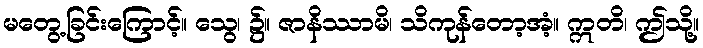
မတွေ့ခြင်းကြောင့်။ သွေ၊ ၌။ ဇာနိဿာမိ၊ သိကုန်တော့အံ့။ ဣတိ၊ ဤသို့။